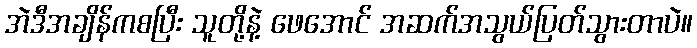
အဲဒီအချိန်ကစပြီး သူတို့နဲ့ ဖေအောင် အဆက်အသွယ်ပြတ်သွားတာပဲ။